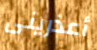
أعذرينى